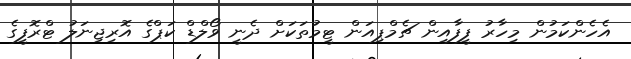
އެހެންކަމުން މިހާރު ފީފާއިން ޗެމްޕިއަން ޓީމުތަކަށް ދެނީ ވޯލްޑް ކަޕްގެ އޮރިޖިނަލު ޓްރޮފީގެ